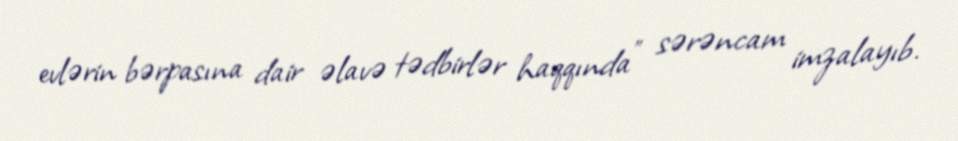
evlərin bərpasına dair əlavə tədbirlər haqqında" sərəncam imzalayıb.